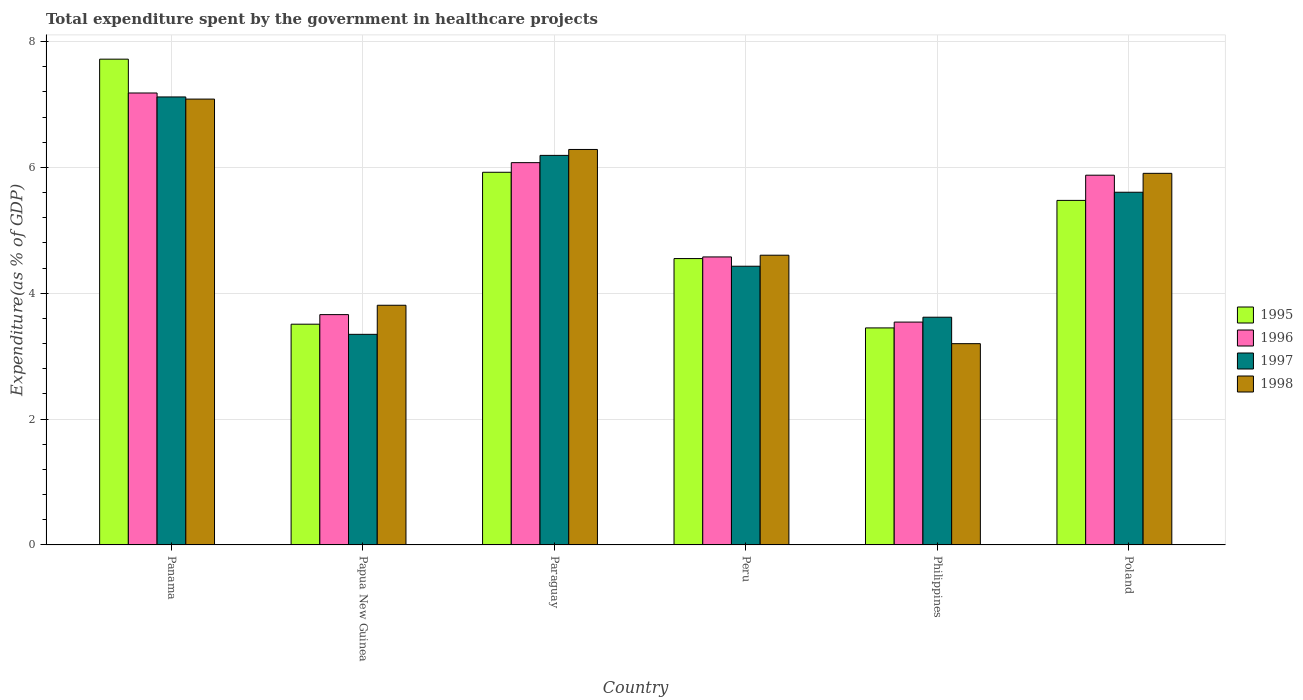
| Country | 1995 | 1996 | 1997 | 1998 |
 | --- | --- | --- | --- | --- |
 | Panama | 7.72 | 7.18 | 7.12 | 7.09 |
 | Papua New Guinea | 3.51 | 3.66 | 3.35 | 3.81 |
 | Paraguay | 5.92 | 6.08 | 6.19 | 6.29 |
 | Peru | 4.55 | 4.58 | 4.43 | 4.6 |
 | Philippines | 3.45 | 3.54 | 3.62 | 3.2 |
 | Poland | 5.48 | 5.88 | 5.61 | 5.91 |